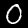
Label: 0